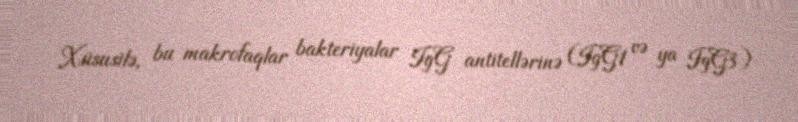
Xüsusilə, bu makrofaqlar bakteriyalar IgG antitellərinə (IgG1 və ya IgG3)